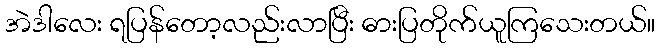
အဲဒါလေး ရပြန်တော့လည်းလာပြီး ဓားပြတိုက်ယူကြသေးတယ်။